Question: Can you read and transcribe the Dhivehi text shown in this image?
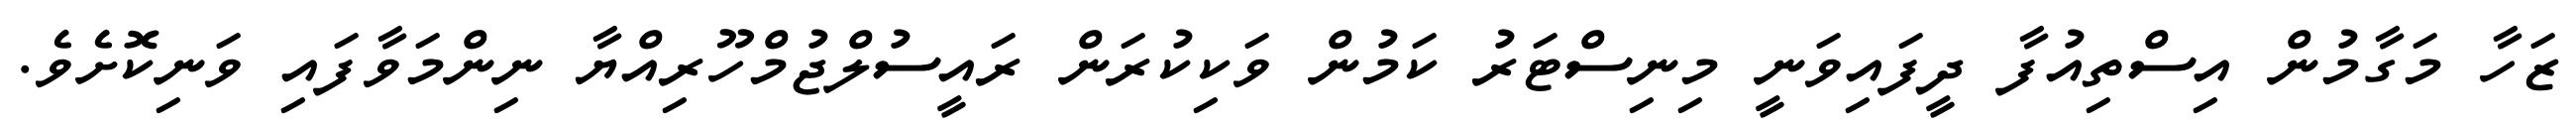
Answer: ޒަހާ މަގާމުން އިސްތިއުފާ ދީފައިވަނީ މިނިސްޓަރު ކަމުން ވަކިކުރަން ރައީސުލްޖުމްހޫރިއްޔާ ނިންމަވާފައި ވަނިކޮށެވެ.